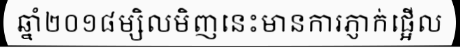
ឆ្នាំ២០១៨ម្សិលមិញនេះមានការភ្ញាក់ផ្អើល